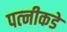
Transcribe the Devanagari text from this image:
पत्‍नीकडे